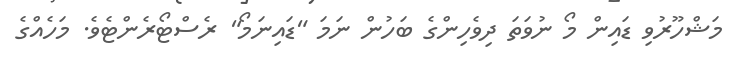
މަޝްހޫރުވި ޑައިން މޯ ނުވަތަ ދިވެހިންގެ ބަހުން ނަަމަ "ޑައިނަމޯ" ރެސްޓޯރެންޓެވެ. މަހެއްގެ